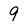
Character: 9